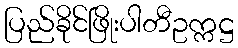
ပြည်ခိုင်ဖြိုးပါတီဥက္ကဋ္ဌ